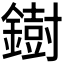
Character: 𫓄